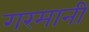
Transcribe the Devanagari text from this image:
गरमानी